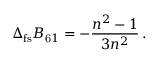
\Delta _ { \mathrm { f s } } B _ { \mathrm 6 1 } = - \frac { n ^ { 2 } - 1 } { 3 n ^ { 2 } } \, .